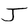
Character: J